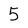
Character: 5